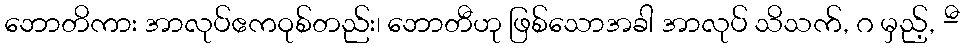
ဘောတိကား အာလုပ်ဧကဝုစ်တည်း၊ ဘောတီဟု ဖြစ်သောအခါ အာလုပ် သိသက်, ဂ မှည့်, -ီ